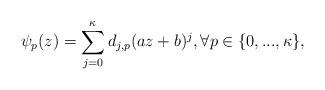
LaTeX: \begin{align*}\psi_p(z)=\sum_{j=0}^\kappa d_{j,p}(az+b)^j,\forall p\in\{0,...,\kappa\},\end{align*}